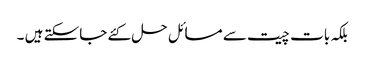
بلکہ بات چیت سے مسائل حل کئے جاسکتے ہیں ۔